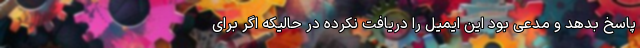
پاسخ بدهد و مدعی بود این ایمیل را دریافت نکرده در حالیکه اگر برای